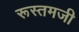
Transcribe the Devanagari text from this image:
रूस्‍तमजी